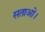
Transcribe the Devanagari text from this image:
सताओ।